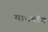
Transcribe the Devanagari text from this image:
यानगॉन